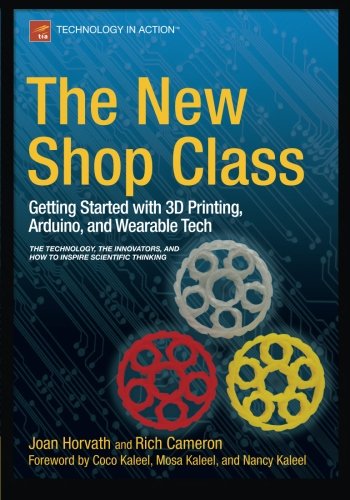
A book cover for The New Shop Class: Getting Started with 3D Printing, Arduino, and Wearable Tech; Joan Horvath; Computers & Technology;